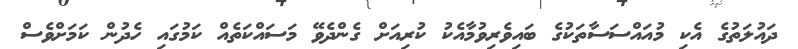
ދައުލަތުގެ އެކި މުއައްސަސާތަކުގެ ބައިވެރިވުމާއެކު ކުރިއަށް ގެންދެވޭ މަސައްކަތެއް ކަމުގައި ހެދުން ކަމަށްވެސް